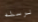
نرسله